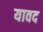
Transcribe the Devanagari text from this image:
यावद